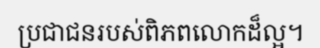
ប្រជាជនរបស់ពិភពលោកដ៏ល្អ។